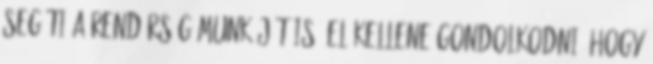
segíti a rendőrség munkáját is. El kellene gondolkodni, hogy